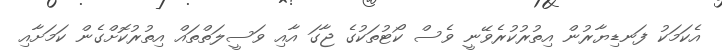
އެކަމަކު ފަނޑިޔާރުން އިތުރުކުރެވޭނީ ވެސް ކޯޓުތަކުގެ ޖާގަ އާއި ވަސީލަތްތައް އިތުރުކޮށްގެން ކަމަށާއި